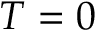
T = 0